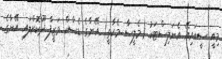
މިއީ ސީއައިއޭ އެނަލިސްޓަކު (މެލީސާ މެކާތީ) އޭނާގެ ޑެސްކް ވަޒީފާ ދޫކޮށްލައި އޭނާގެ